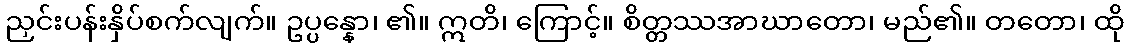
ညှင်းပန်းနှိပ်စက်လျက်။ ဥပ္ပန္နော၊ ၏။ ဣတိ၊ ကြောင့်။ စိတ္တဿအာဃာတော၊ မည်၏။ တတော၊ ထို